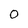
Character: 0